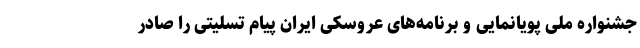
جشنواره ملی پویانمایی و برنامه‌های عروسکی ایران پیام تسلیتی را صادر